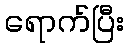
ရောက်ပြီး